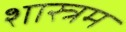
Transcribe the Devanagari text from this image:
शास्त्रम